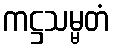
ကဋ္ဌသမ္မတံ